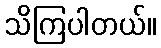
သိကြပါတယ်။